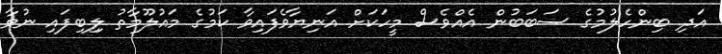
އަދި ބިންހެލުމުގެ ސަބަބުން އެއްވެސް މީހަކަށް އަނިޔާވެފައިވާ ކަމުގެ މައުލޫމާތު ލިިބިފައި ނުވާ